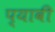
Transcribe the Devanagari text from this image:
प्यावी